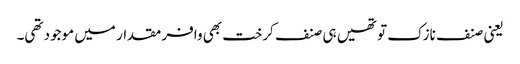
یعنی صنف نازک تو تھیں ہی صنف کرخت بھی وافر مقدار میں موجود تھی۔